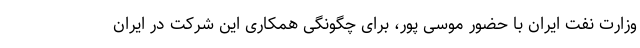
وزارت نفت ایران با حضور موسی پور، برای چگونگی همکاری این شرکت در ایران